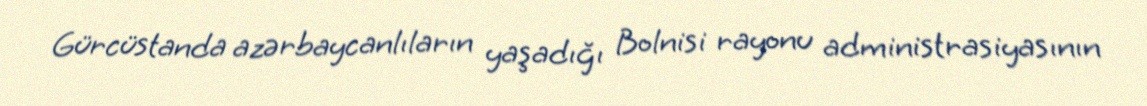
Gürcüstanda azərbaycanlıların yaşadığı Bolnisi rayonu administrasiyasının